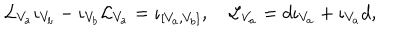
LaTeX: { \cal L } _ { V _ { a } } \iota _ { V _ { b } } - \iota _ { V _ { b } } { \cal L } _ { V _ { a } } = \iota _ { [ V _ { a } , V _ { b } ] } , \quad { \cal L } _ { V _ { a } } = d \iota _ { V _ { a } } + \iota _ { V _ { a } } d ,